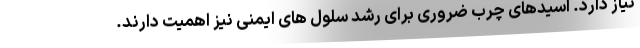
نیاز دارد. اسیدهای چرب ضروری برای رشد سلول های ایمنی نیز اهمیت دارند.